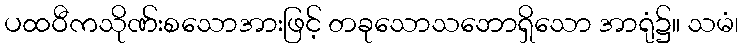
ပထဝီကသိုဏ်းစသောအားဖြင့် တခုသောသဘောရှိသော အာရုံ၌။ သမံ၊